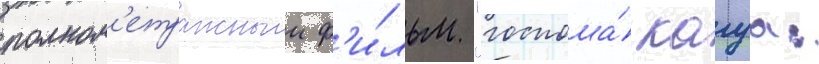
полном'етражныи ф'и́льм "госпожа́ кагуа: